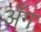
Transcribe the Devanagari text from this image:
अँग